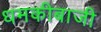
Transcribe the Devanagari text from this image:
धमकीबाजी